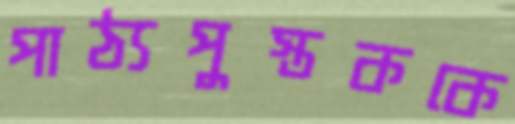
পাঠ্যপুস্তককে